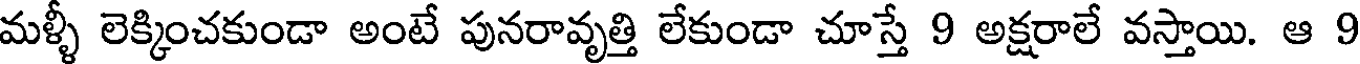
మళ్ళీ లెక్కించకుండా అంటే పునరావృత్తి లేకుండా చూస్తే 9 అక్షరాలే వస్తాయి. ఆ 9